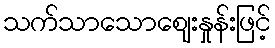
သက်သာသောဈေးနှုန်းဖြင့်